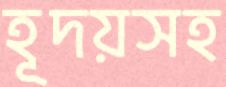
হূদয়সহ